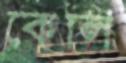
কেলি